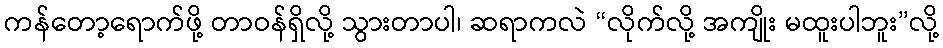
ကန်တော့ရောက်ဖို့ တာဝန်ရှိလို့ သွားတာပါ၊ ဆရာကလဲ “လိုက်လို့ အကျိုး မထူးပါဘူး”လို့